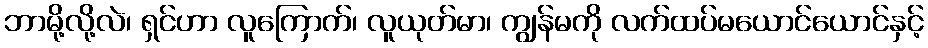
ဘာမို့လို့လဲ၊ ရှင်ဟာ လူကြောက်၊ လူယုတ်မာ၊ ကျွန်မကို လက်ထပ်မယောင်ယောင်နှင့်